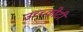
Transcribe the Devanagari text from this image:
उच्च्कोटी